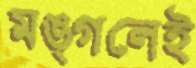
মঙ্গলেই